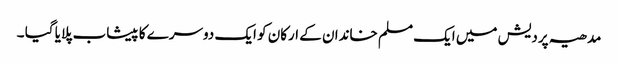
مدھیہ پردیش میں ایک مسلم خاندان کے ارکان کو ایک دوسرے کا پیشاب پلایا گیا ۔